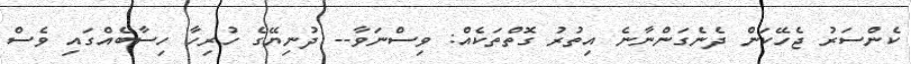
ކެންސަރު ޖެހޭކަން ދެނެގަންނާނެ އިތުރު ގޮތްތަކެއް: ވިސްނަވާ-- ދުނިޔޭގެ ހުރިހާ ހިސާބެއްގައި ވެސް